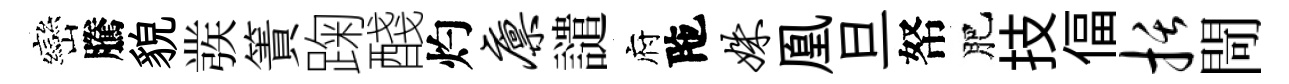
巒騰貌彂簀踘醆灼廪譴府陁姝凰旦帑肥技偪括閜